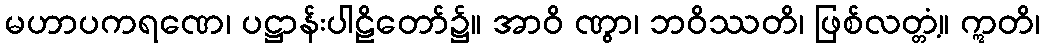
မဟာပကရဏေ၊ ပဋ္ဌာန်းပါဠိတော်၌။ အာဝိ ဏွာ၊ ဘဝိဿတိ၊ ဖြစ်လတ္တံ့။ ဣတိ၊